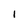
Character: 1